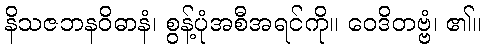
နိသဇဘနဝိဓာနံ၊ စွန့်ပုံအစီအရင်ကို။ ဝေဒိတဗ္ဗံ၊ ၏။